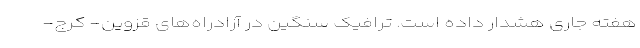
هفته جاری هشدار داده است. ترافیک سنگین در آزادراه‌های قزوین- کرج-